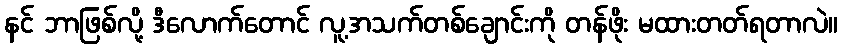
နင် ဘာဖြစ်လို့ ဒီလောက်တောင် လူ့အသက်တစ်ချောင်းကို တန်ဖိုး မထားတတ်ရတာလဲ။